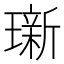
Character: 𬎖